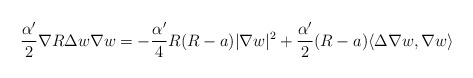
\begin{align*}\frac{\alpha'}{2}\nabla R\Delta w\nabla w&=-\frac{\alpha'}{4}R(R-a)|\nabla w|^2+\frac{\alpha'}{2}(R-a)\langle\Delta\nabla w,\nabla w\rangle\end{align*}